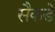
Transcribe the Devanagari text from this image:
सैकडे